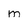
Character: m